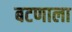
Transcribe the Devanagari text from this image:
बटणाला